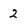
Character: 2